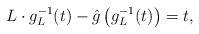
LaTeX: \begin{align*}L \cdot g_L^{-1}(t) - \hat{g}\left( g_L^{-1}(t) \right) = t,\end{align*}